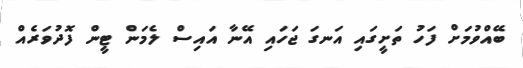
ބޭއްވުމަށް ފަހު ތަށީގައި އަނގަ ޖަހައި އޭނާ އައިސް ލެމަން ޓީން ފޮދުވަރެއް